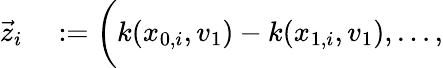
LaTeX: \begin{array}{rl}{\vec{z}_{i}}&{{}:=\bigg(k(x_{0,i},v_{1})-k(x_{1,i},v_{1}),\dots,}\end{array}